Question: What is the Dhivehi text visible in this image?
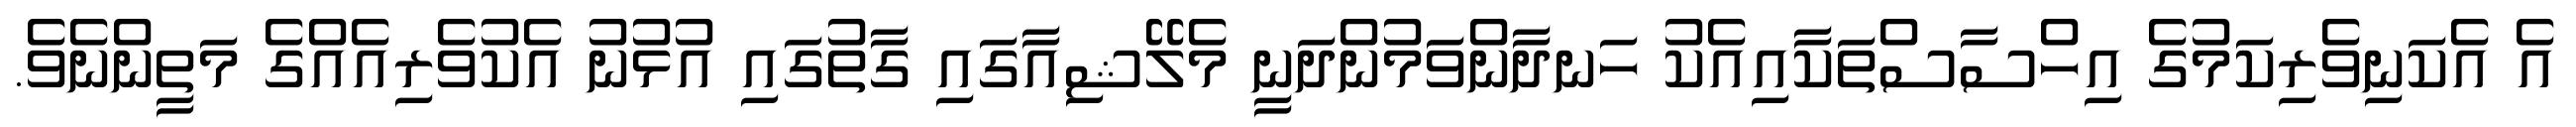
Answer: އެ އެކަނިވެރިކަމުގެ އިހްސާސްތަކާއިއެކު ހަނދާންވަމުންދަނީ މެލޭޝިއާގައި ގާތުގައި އުޅުނު އެކުވެރިއެއްގެ މަތީންނެވެ.